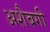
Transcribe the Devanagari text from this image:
अशैबगी